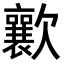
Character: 𣤸